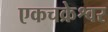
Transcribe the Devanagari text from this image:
एकचक्रेश्वर